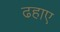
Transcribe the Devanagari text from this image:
ढहाए